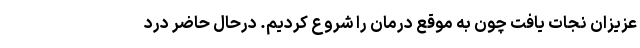
عزیزان نجات یافت چون به موقع درمان را شروع کردیم. درحال حاضر درد